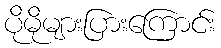
ပိုမိုများပြားကြောင်း